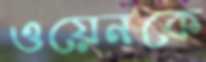
ওয়েনকে